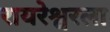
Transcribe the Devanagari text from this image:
रायरेश्वरला